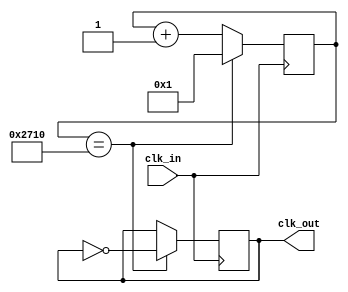
module clock_divider(
input clk_in ,
output clk_out
);
reg [31:0] counter = 1 ;
reg temp_clk = 0 ;
always @ (posedge(clk_in))
begin
  if (counter == 10000)
  begin
    counter <= 1 ;
    temp_clk <= ~temp_clk;
  end
  else
    counter <= counter +1;
  end
  assign clk_out = temp_clk;
endmodule